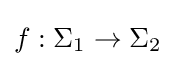
f:\Sigma _{1}\to \Sigma _{2}